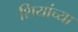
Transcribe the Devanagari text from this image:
शियांच्या